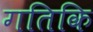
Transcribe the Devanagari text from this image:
गतिकि